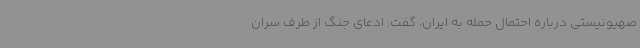
صهیونیستی درباره احتمال حمله به ایران، گفت: ادعای جنگ از طرف سران